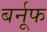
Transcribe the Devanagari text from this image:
बर्नूफ